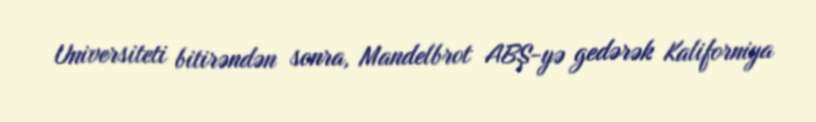
Universiteti bitirəndən sonra, Mandelbrot ABŞ-yə gedərək Kaliforniya